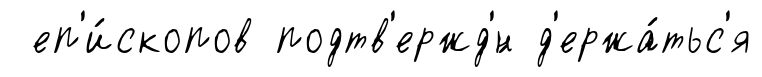
еп'и́скопов подтв'ержд'́н д'ержа́тьс'я